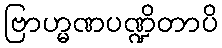
ဗြာဟ္မဏပဏ္ဍိတာပိ